Scotch Education Department, 1911
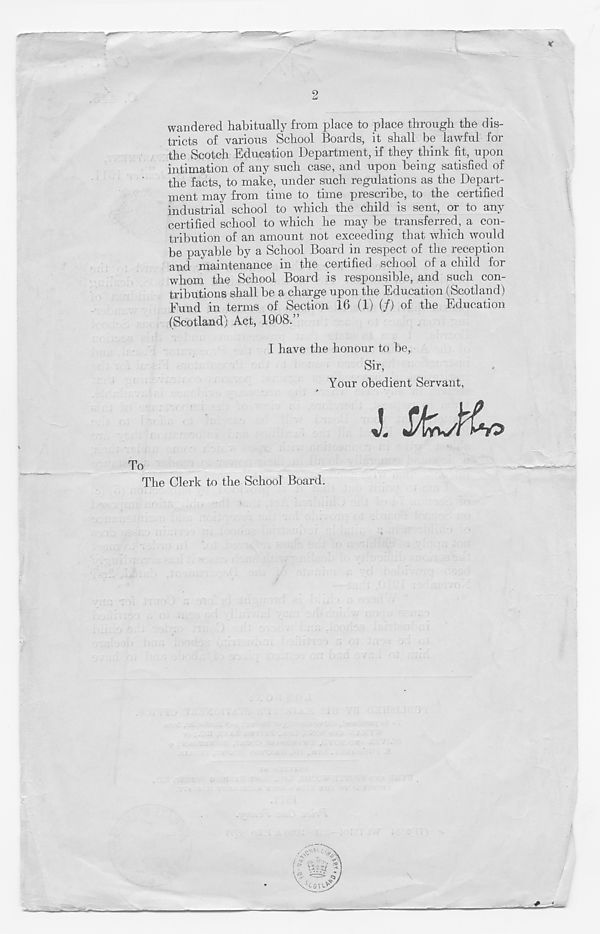
2
wandered habitually from place to place through the dis-
tricts of various School Boards, it shall be lawful for
the Scotch Education Department, if they think fit, upon
intimation of any such case, and upon being satisfied of
the facts, to make, under such regulations as the Depart-
ment may from time to time prescribe, to the certified
industrial school to which the child is sent, or to any
certified school to which he may be transferred, a con-
tribution of an amount not exceeding that which would
be payable by a School Board in respect of the reception
and maintenance in the certified school of a child for
whom the School Board is responsible, and such con-
tributions shall be a charge upon the Education (Scotland)
Fund in terms of Section 16 (1) (/) of the Education
(Scotland) Act, 1908.”
I have the honour to be,
Sir,
Your obedient Servant,
To
The Clerk to the School Board.